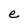
Character: e